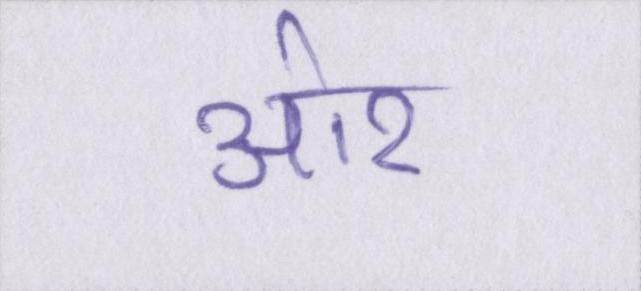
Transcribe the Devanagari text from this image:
ओर।